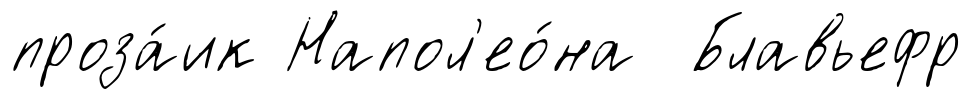
проза́ик Напол'ео́на Блавьефр